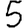
Digit: 5